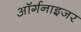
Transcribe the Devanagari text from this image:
ऑर्गनाइजर